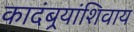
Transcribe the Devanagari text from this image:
कादंबर्‍यांशिवाय